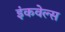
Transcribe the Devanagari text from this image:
इंकवेल्स